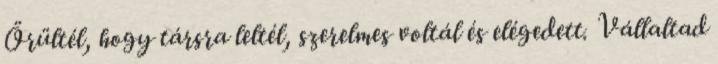
Örültél, hogy társra leltél, szerelmes voltál és elégedett. Vállaltad